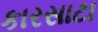
કારસાટા